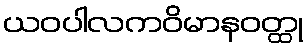
ယဝပါလကဝိမာနဝတ္ထု